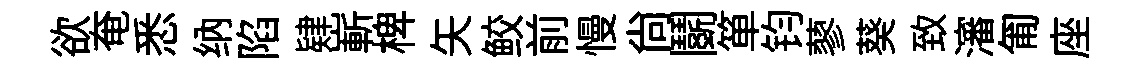
欲奄悉纳陷肄嶄椑矢鲛前慢尙鬬箪钧蓼葵致瀋匍座